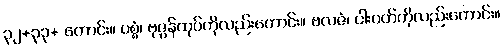
၃၂+၃၃+ ကောင်း။ ပစ္စံ၊ ဗုဇွန်ထုပ်ကိုလည်းကောင်း။ ဗလဇံ၊ ငါးပတ်ကိုလည်းကောင်း။